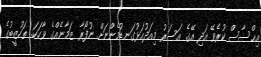
އިޙްސާސް ކުރެވޭ އަދި އޭގެ އަސަރު މިއަދުއަޅުގަނޑުމެންނަށް ނުފޯރާ ޒަމާނެއްގެ ވާހަކަ. ތަހުޒީބުގެ